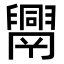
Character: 𦦧